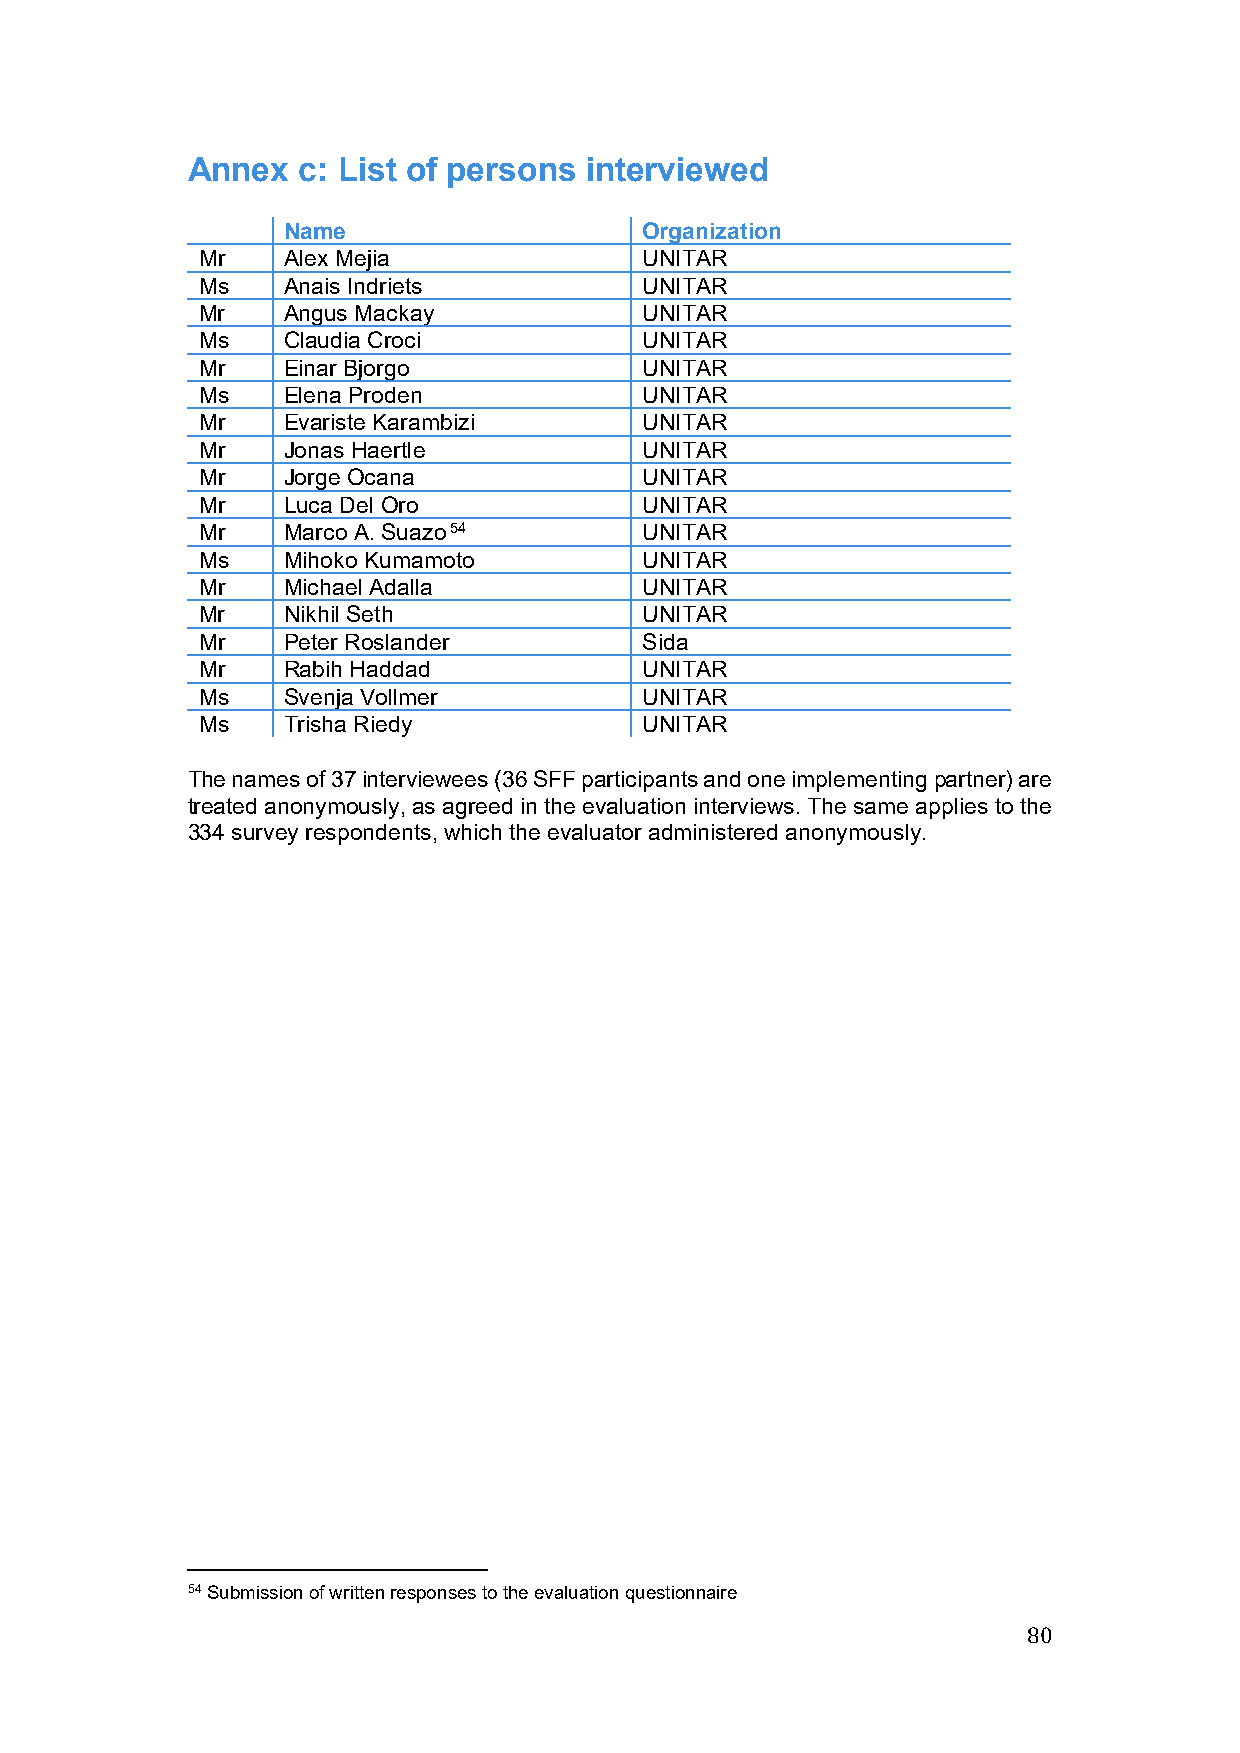
Annex   c: List of persons interviewed
 Name                    Organization
 Mr    Alex Mejia              UNITAR
 Ms    Anais Indriets          UNITAR
 Mr    Angus Mackay            UNITAR
 Ms    Claudia Croci           UNITAR
 Mr    Einar Bjorgo            UNITAR
 Ms    Elena Proden            UNITAR
 Mr    Evariste Karambizi      UNITAR
 Mr    Jonas Haertle           UNITAR
 Mr    Jorge Ocana             UNITAR
 Mr    Luca Del Oro            UNITAR
 Mr    Marco A. Suazo54        UNITAR
 Ms    Mihoko Kumamoto         UNITAR
 Mr    Michael Adalla          UNITAR
 Mr    Nikhil Seth             UNITAR
 Mr    Peter Roslander         Sida
 Mr    Rabih Haddad            UNITAR
 Ms    Svenja Vollmer          UNITAR
 Ms    Trisha Riedy            UNITAR
 The names of 37 interviewees (36 SFF participants and one implementing partner) are
 treated anonymously, as agreed in the evaluation interviews. The same applies to the
 334 survey respondents, which the evaluator administered anonymously.
 54 Submission of written responses to the evaluation questionnaire
 80